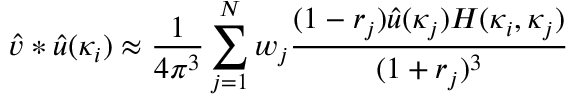
\hat { v } \ast \hat { u } ( \kappa _ { i } ) \approx \frac 1 { 4 \pi ^ { 3 } } \sum _ { j = 1 } ^ { N } w _ { j } \frac { ( 1 - r _ { j } ) \hat { u } ( \kappa _ { j } ) H ( \kappa _ { i } , \kappa _ { j } ) } { ( 1 + r _ { j } ) ^ { 3 } }